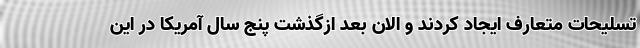
تسلیحات متعارف ایجاد کردند و الان بعد ازگذشت پنج سال آمریکا در این